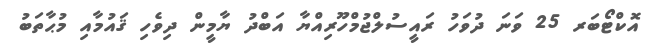
އޮކްޓޯބަރ 25 ވަނަ ދުވަހު ރައީސުލްޖުމްހޫރިއްޔާ އަބްދު ޔާމީން ދިވެހި ޤައުމާއި މުޙާތަބު